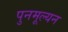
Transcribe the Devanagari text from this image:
पुनमूल्यन